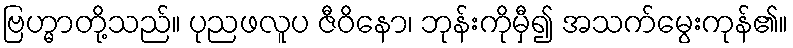
ဗြဟ္မာတို့သည်။ ပုညဖလူပ ဇီဝိနော၊ ဘုန်းကိုမှီ၍ အသက်မွေးကုန်၏။